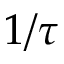
1 / \tau